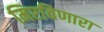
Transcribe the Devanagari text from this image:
मिरविणारा